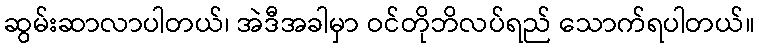
ဆွမ်းဆာလာပါတယ်၊ အဲဒီအခါမှာ ဝင်တိုဘိလပ်ရည် သောက်ရပါတယ်။